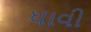
ધાવી